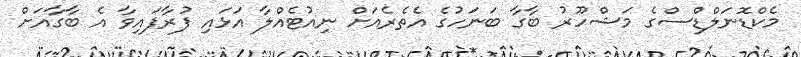
މެކްޑޮނަލްޑްސްގެ މަޝްހޫރު ބާގާ ބަނަހުގެ އެތެރެއަށް ނިއުޓެއްލާ އަޅައި ފުރާފައިވާ އެ ބާގާއަށް